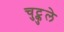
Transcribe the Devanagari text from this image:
चुट्कुले